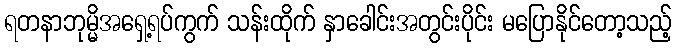
ရတနာဘုမ္မိအရှေ့ရပ်ကွက် သန်းထိုက် နှာခေါင်းအတွင်းပိုင်း မပြောနိုင်တော့သည့်